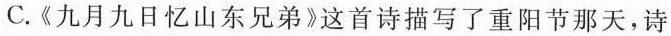
C.《九月九日忆山东兄弟》这首诗描写了重阳节那天，诗